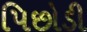
પિછોડી